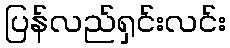
ပြန်လည်ရှင်းလင်း